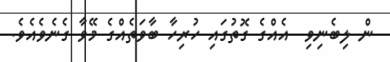
ން ލިބެނިވި  އެއްގެ ގޮތުގައި ހުރިހާ ބާވަތެއްގެ މޭވާ ގެނެވެއެވެ.